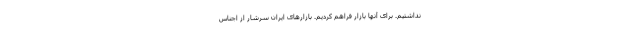
نداشتیم. برای آنها بازار فراهم کردیم. بازارهای ایران سرشار از اجناس